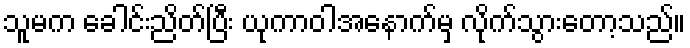
သူမက ခေါင်းညိတ်ပြီး ယုကာဝါအနောက်မှ လိုက်သွားတော့သည်။